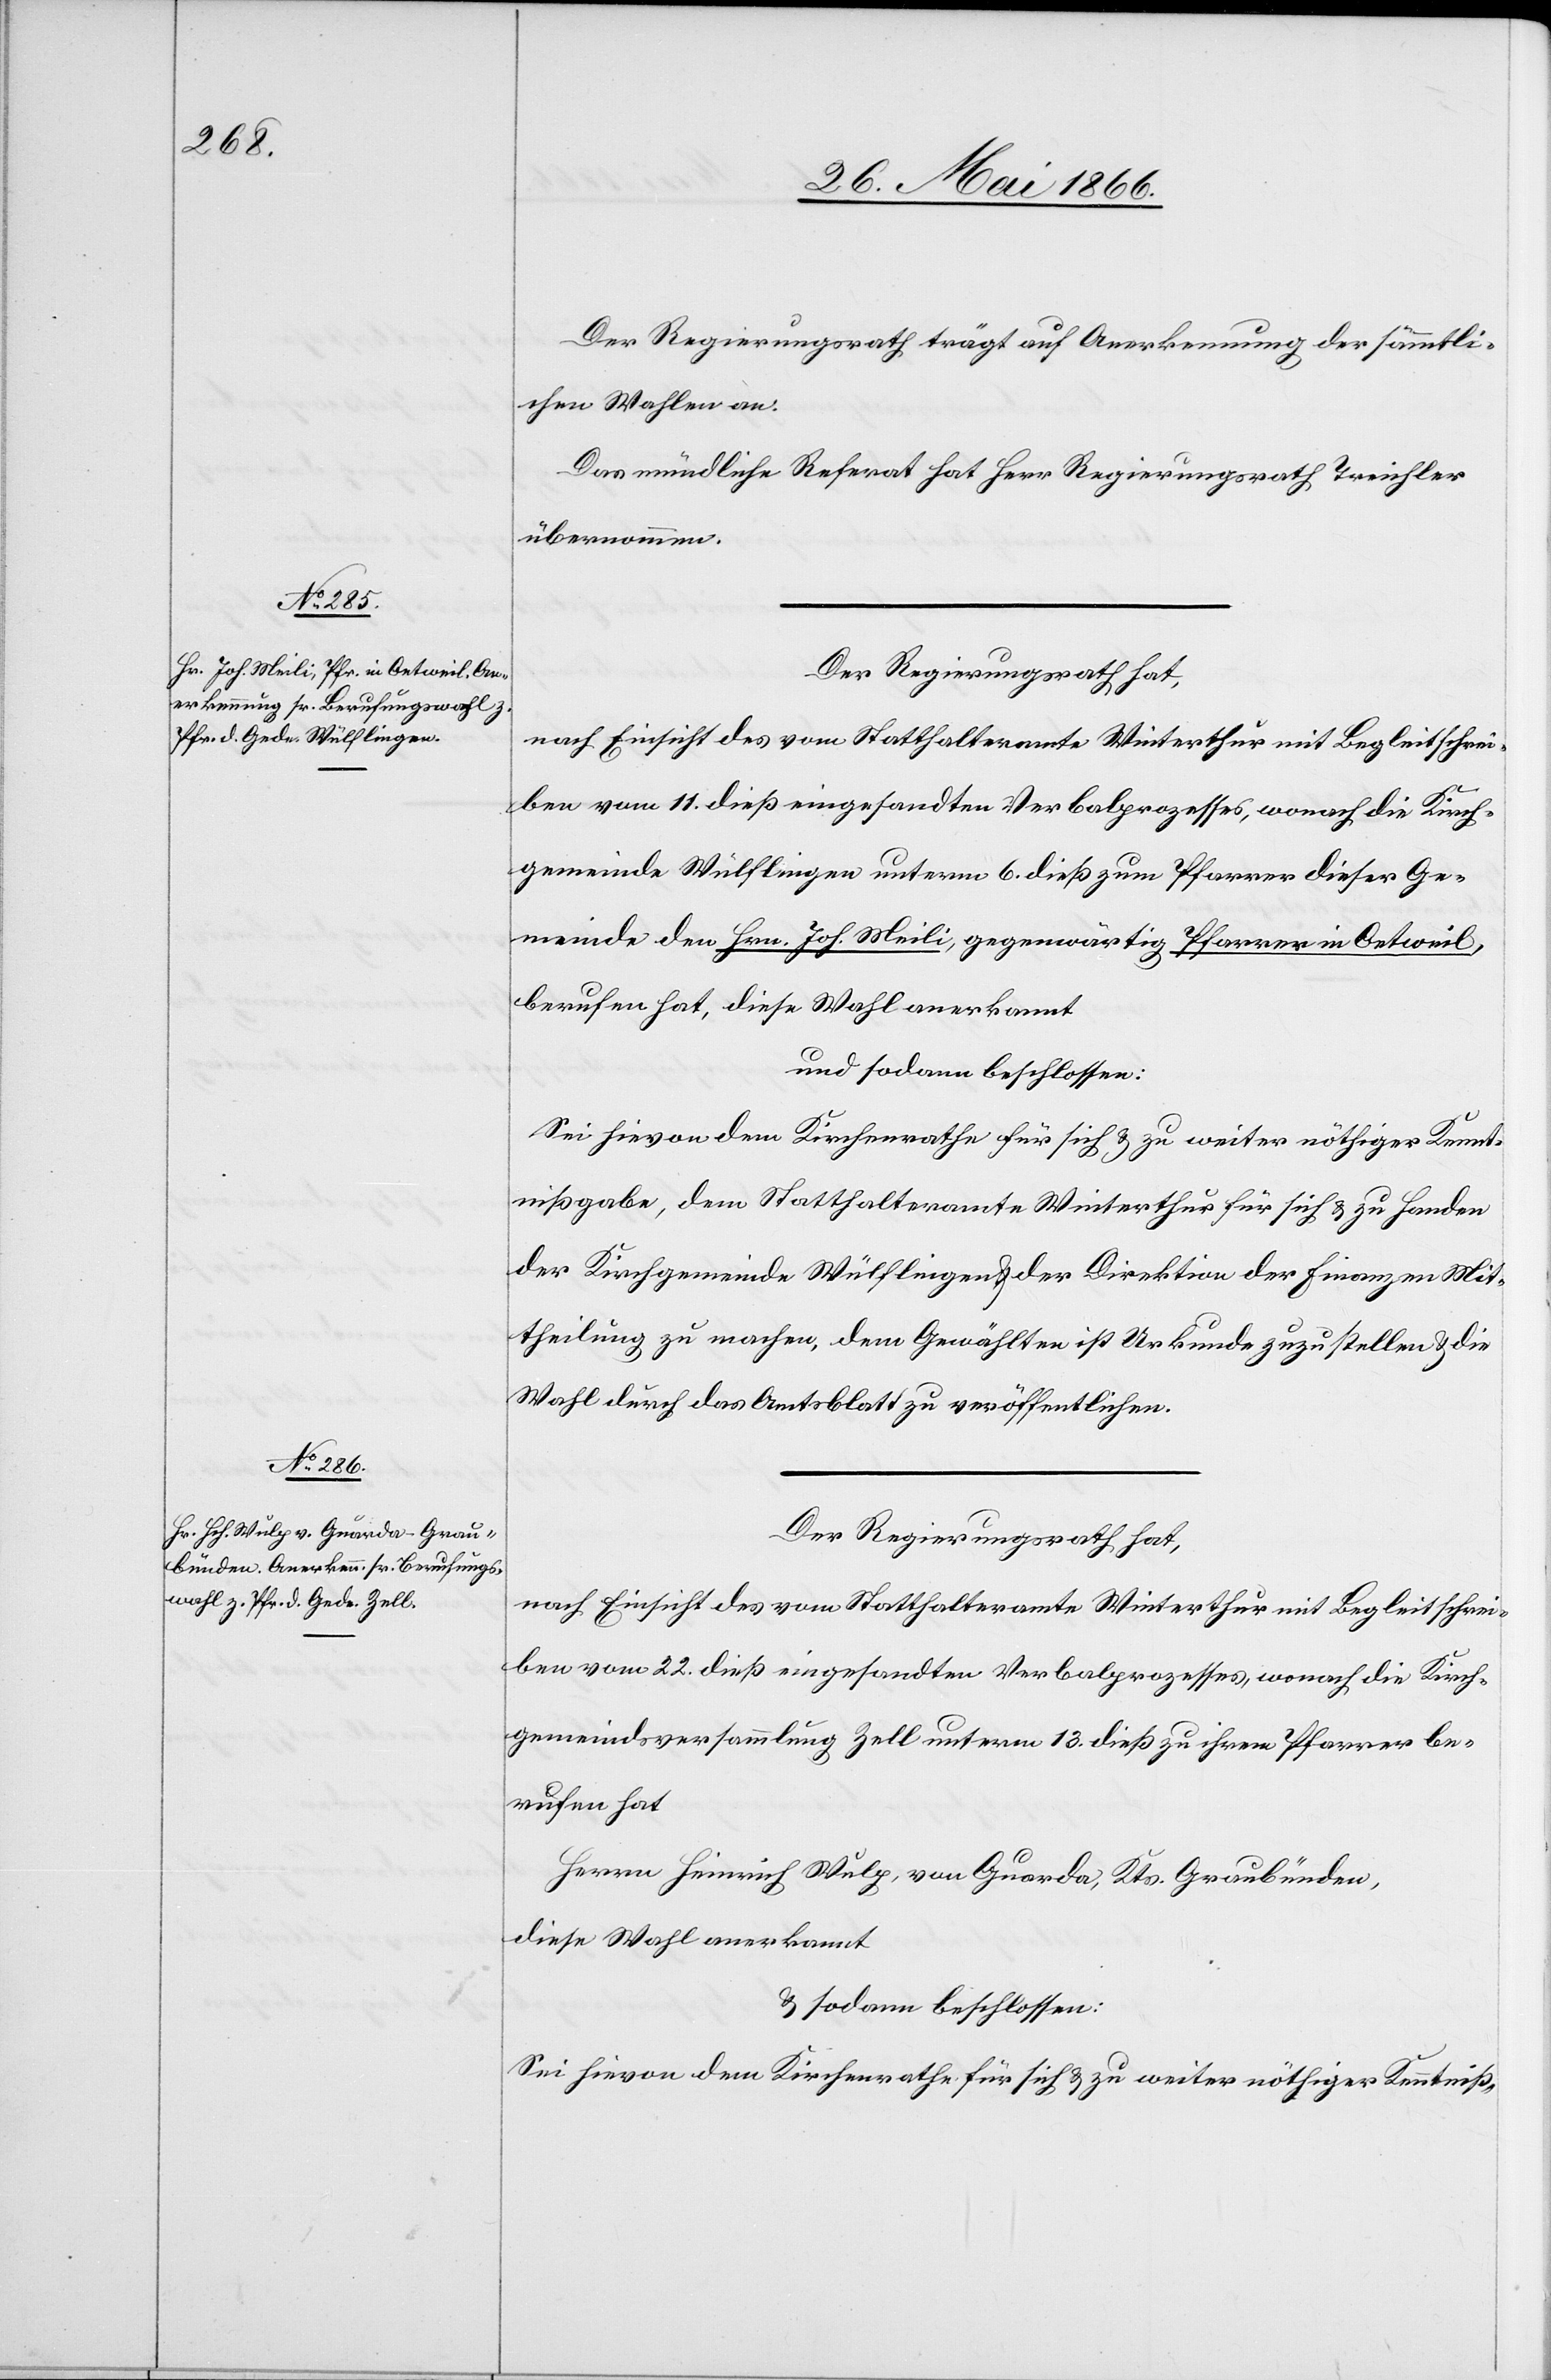
Der Regierungsrath trägt auf Anerkennung der sämmtli¬
chen Wahlen an.
Der Regierungsrath hat,
nach Einsicht des vom Statthalteramte Winterthur mit Begleitschrei¬
ben vom 11. dieß eingesandten Verbalprozesses, wonach die Kirch¬
gemeinde Wülflingen unterm 6. dieß zum Pfarrer dieser Ge¬
meinde den Hrn. Joh. Meili, gegenwärtig Pfarrer in Oetweil,
berufen hat, diese Wahl anerkannt
und sodann beschlossen:
Sei hievon dem Kirchenrathe für sich u. zu weiter nöthiger Kennt¬
nißgabe, dem Statthalteramte Winterthur für sich u. zu Handen
der Kirchgemeinde Wülflingen u. der Direktion der Finanzen Mit¬
theilung zu machen, dem Gewählten ist Urkunde zuzustellen u. die
Wahl durch das Amtsblatt zu veröffentlichen.
Der Regierungsrath hat,
nach Einsicht des vom Statthalteramte Winterthur mit Begleitschrei¬
ben vom 22. dieß eingesandten Verbalprozesses, wonach die Kirch¬
gemeindsversammlung Zell unterm 13. dieß zu ihrem Pfarrer be¬
rufen hat
Herrn Heinrich Wulp, von Guarda, Kts. Graubünden,
diese Wahl anerkannt
u. sodann beschlossen:
Sei hievon dem Kirchenrathe für sich u. zu weiter nöthiger Kenntniß-